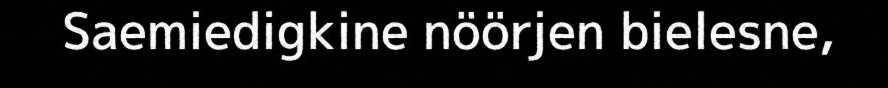
Saemiedigkine nöörjen bielesne,